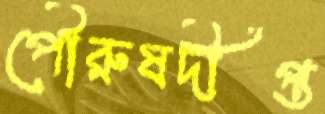
পৌরুষদীপ্ত